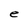
Character: e